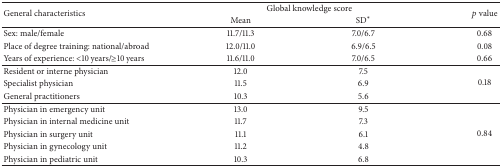
<table><thead><tr><td rowspan="2"><b>General characteristics</b></td><td colspan="2"><b>Global knowledge score</b></td><td rowspan="2"><b><i>p</i> value</b></td></tr><tr><td><b>Mean</b></td><td><b>SD<sup><i>∗</i></sup></b></td></tr></thead><tbody><tr><td>Sex: male/female</td><td>11.7/11.3</td><td>7.0/6.7</td><td>0.68</td></tr><tr><td>Place of degree training: national/abroad</td><td>12.0/11.0</td><td>6.9/6.5</td><td>0.08</td></tr><tr><td>Years of experience: &lt;10 years/≥10 years</td><td>11.6/11.0</td><td>7.0/6.5</td><td>0.66</td></tr><tr><td>Resident or interne physician</td><td>12.0</td><td>7.5</td><td rowspan="3">0.18</td></tr><tr><td>Specialist physician</td><td>11.5</td><td>6.9</td></tr><tr><td>General practitioners</td><td>10.3</td><td>5.6</td></tr><tr><td>Physician in emergency unit</td><td>13.0</td><td>9.5</td><td rowspan="5">0.84</td></tr><tr><td>Physician in internal medicine unit</td><td>11.7</td><td>7.3</td></tr><tr><td>Physician in surgery unit</td><td>11.1</td><td>6.1</td></tr><tr><td>Physician in gynecology unit</td><td>11.2</td><td>4.8</td></tr><tr><td>Physician in pediatric unit</td><td>10.3</td><td>6.8</td></tr></tbody></table>